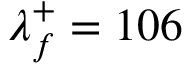
\lambda _ { f } ^ { + } = 1 0 6